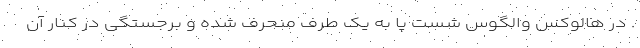
. در هالوکس والگوس شست پا به یک طرف منحرف شده و برجستگی در کنار آن